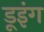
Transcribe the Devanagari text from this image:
डूइंग